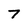
Character: 7